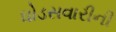
ઘોડસવારીની